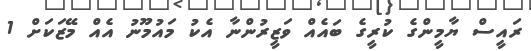
ރައީސް ޔާމީންގެ ކުރީގެ ބައެއް ވަޒީރުންނާ އެކު މައުމޫނު އެއް މޭޒަކަށް 1